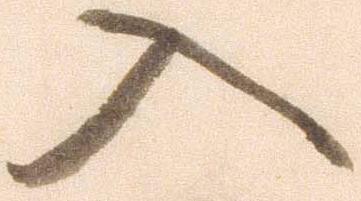
入